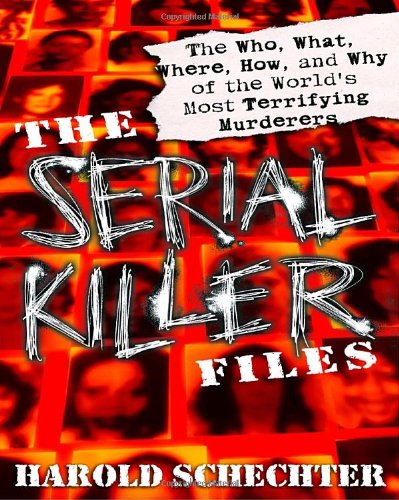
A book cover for The Serial Killer Files: The Who, What, Where, How, and Why of the World's Most Terrifying Murderers; Harold Schechter; Biographies & Memoirs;